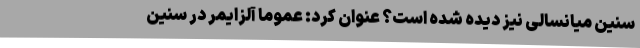
سنین میانسالی نیز دیده شده است؟ عنوان کرد: عموماً آلزایمر در سنین